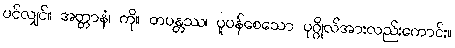
ပင်လျှင်။ အတ္တာနံ၊ ကို။ တပန္တဿ၊ ပူပန်စေသော ပုဂ္ဂိုလ်အားလည်းကောင်း။